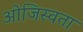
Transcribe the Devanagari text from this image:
ओजिस्वता